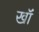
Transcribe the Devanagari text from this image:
खॉं